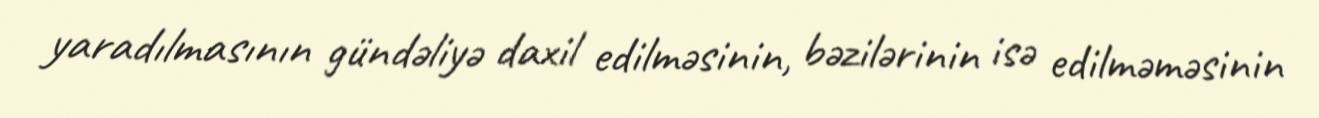
yaradılmasının gündəliyə daxil edilməsinin, bəzilərinin isə edilməməsinin